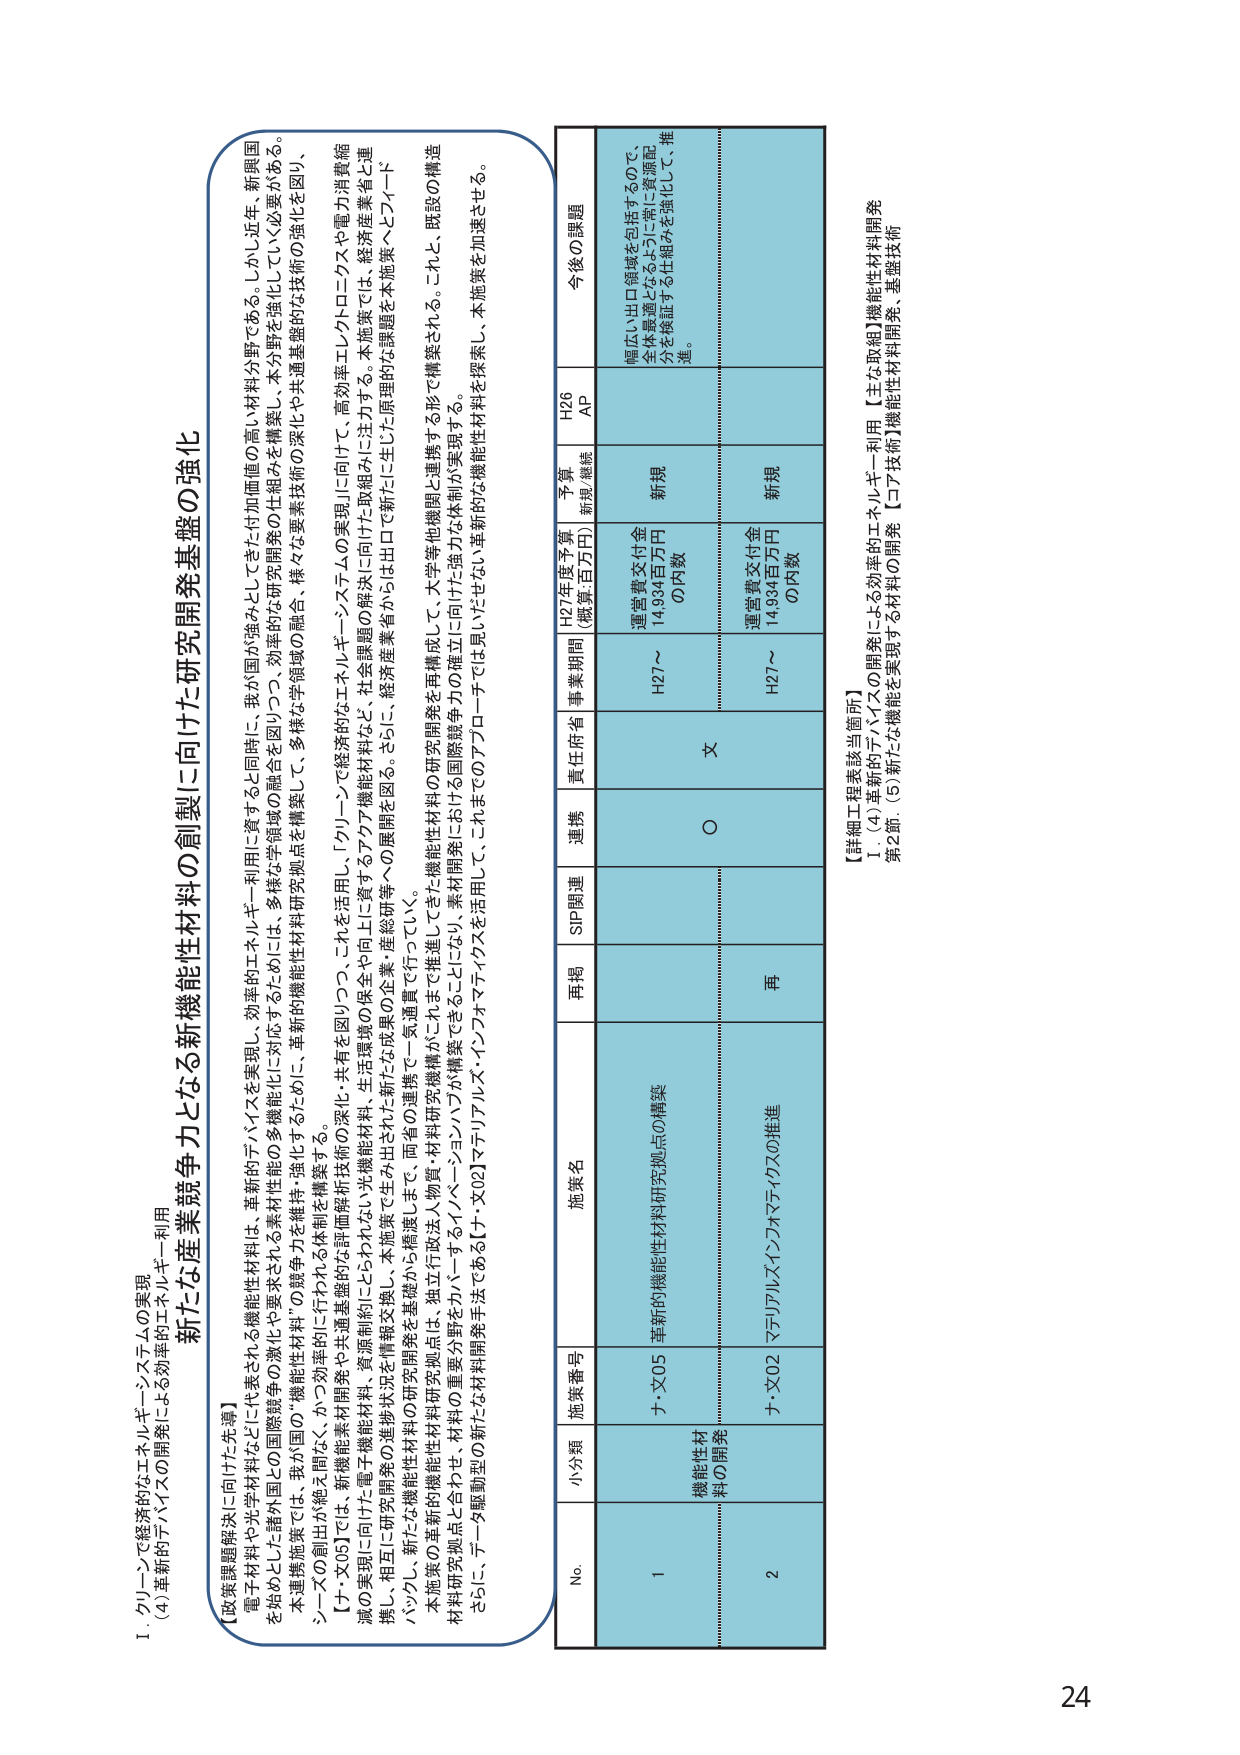
I. クリーンで経済的なエネルギーシステムの実現
(4) 革新的ナノテク開発による効率的エネルギー利用

新たな産業競争力となる新機能性材料の創製に向けた研究開発基盤の強化

【政策課題解決に向けた先導】
電子材料や光学材料などに代表される機能性材料は、革新的テクノロジを実現し、効率的エネルギー利用に資すると同時に、我が国が強みとしてきた付加価値の高い材料分野である。しかし近年、新興国を始めとした諸外国との国際競争の激化や要求される素材性能の多機能化に対応するために、多様な学術領域の融合を図りつつ、効率的な研究開発の仕組みを構築し、本分野を強化していく必要がある。
本連携施策では、我が国の“機能性材料”の競争力を維持・強化するために、革新的機能性材料研究拠点を構築して、多様な学術領域の融合、様々な要素技術の深化や共通基盤的な技術の強化を図り、シーズの創出が絶え間なく、かつ効率的に行われる体制を構築する。
【チ・文05】では、新機能素材共通基盤的設計・開発技術の深化・共有を図りつつ、これを活用し、「クリーンで経済的なエネルギーシステムの実現」に向け、高効率エレクトロニクスや電力消費軽減の実現に向けた電子機能材料、資源制約にとらわれない光機能材料、生活環境の保全や向上に資するスマート機能材料など、社会課題の解決に向けた取組みに注力する。本施策では、経済産業省と連携し、相互に研究開発の進捗状況を情報交換し、本施策で生み出された成果の企業・産業界等への展開を図る。さらに、経済産業省から出ロで新たに生じた原理的な課題を本施策へフィードバックし、新たな機能性材料の研究開発を基礎から構造します。両者の連携で一気通貫で行う。
本施策の革新的機能性材料研究拠点は、独立行政法人物質・材料研究機構がこれまで推進してきた機能性材料の研究開発を再構成して、大等他機関と連携する形で構築される。これ、既設の構造材料研究拠点と合わせ、材料の重要分野をカバーするインノベーションハブが構築できることにより、素材開発における国際競争力に向けた強力な体制が実現する。
さらに、データ駆動型の新たな材料開発手法である【チ・文02】マテリアルズ・インフォマティクスを活用して、これまでのアプローチでは見いだせない革新的な機能性材料を探索し、本施策を加速させる。

No. 小分類 施策番号 施策名 再掲 SP関連 連携 責任府省 事業期間 H27年度予算 (概算百万円) 予算 新規/継続 H26 AP 今後の課題
1 機能性材料の開発 チ・文05 革新的機能性材料研究拠点の構築 文 H27～ 運営費交付金 14,934百万円 の内数 新規 幅広い出口領域を包括するので、全体最適となるように常に資源配分を検証する仕組みを強化して、推進。
2 チ・文02 マテリアルズインフォマティクスの推進 再 ○ H27～ 運営費交付金 14,934百万円 の内数 新規

【詳細工程表該当箇所】
Ⅰ．(4) 革新的テクノロジの開発による効率的エネルギー利用【主な取組】機能性材料開発
第2節 (5) 新たな機能を実現する材料の開発【コア技術】機能性材料開発、基盤技術

24